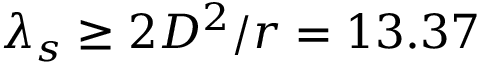
\lambda _ { s } \ge 2 D ^ { 2 } / r = 1 3 . 3 7